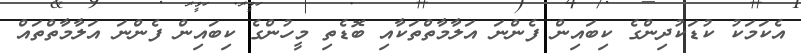
އެކަމަކު ކުޑަކުދިންގެ ކިބައިން ފެންނަ އަލާމާތްތަކާއި ބޮޑެތި މީހުންގެ ކިބައިން ފެންނަ އަލާމާތްތައް